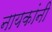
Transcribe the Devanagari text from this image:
नायकांनी